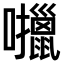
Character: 𫬶